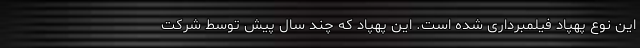
این نوع پهپاد‌ فیلمبرداری شده است. این پهپاد که چند سال پیش توسط شرکت